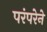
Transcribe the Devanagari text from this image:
परंंपरेने